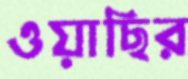
ওয়াছির